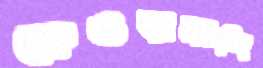
কেওড়াকান্দি